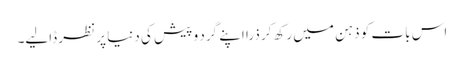
اس بات کو ذہن میں رکھ کر ذرا اپنے گرد و پیش کی دنیا پر نظر ڈالیے۔